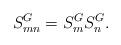
LaTeX: \begin{align*}S^G_{mn}=S^G_mS^G_n.\end{align*}